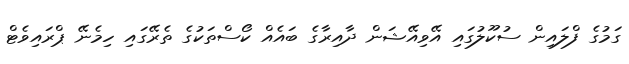
ގަމުގެ ފްލައިން ސުކޫލުގައި އޭވިއޭޝަން ދާއިރާގެ ބައެއް ކޯސްތަކުގެ ތެރޭގައި ހިމެނޭ ޕްރައިވެޓް